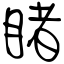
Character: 睹